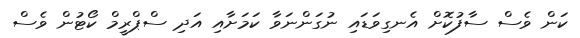
ކަން ވެސް ސާފުކޮށް އެނގިވަޑައި ނުގަންނަވާ ކަމަށާއި އަދި ސްޕްރީމް ކޯޓުން ވެސް